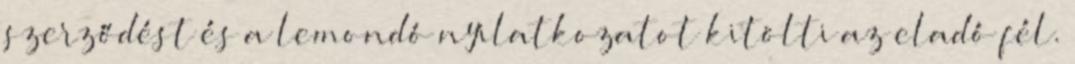
szerződést és a lemondó nyilatkozatot kitölti az eladó fél.